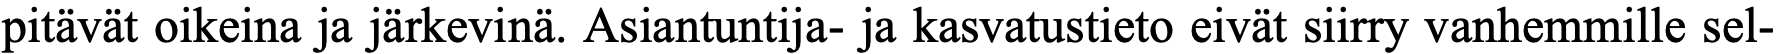
pitävät oikeina ja järkevinä. Asiantuntija- ja kasvatustieto eivät siirry vanhemmille sel-